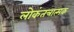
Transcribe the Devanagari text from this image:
लोकंतत्रात्मक